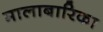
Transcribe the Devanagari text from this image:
मालाबारिका